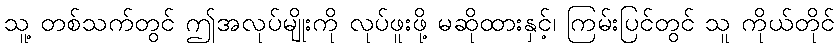
သူ့ တစ်သက်တွင် ဤအလုပ်မျိုးကို လုပ်ဖူးဖို့ မဆိုထားနှင့်၊ ကြမ်းပြင်တွင် သူ ကိုယ်တိုင်